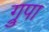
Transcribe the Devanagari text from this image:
ग्रुपा